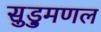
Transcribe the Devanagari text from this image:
सुड़ुमणल